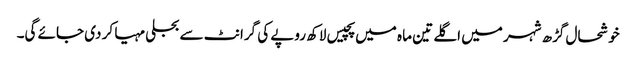
خوشحال گڑھ شہر میں اگلے تین ما ہ میں پچیس لاکھ روپے کی گرانٹ سے بجلی مہیا کر دی جائے گی۔